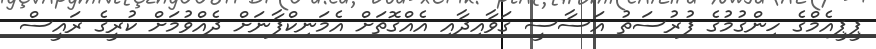
ޕީޕީއެމްގެ ހިންގުމުގެ ފުރުސަތު އަސާސީ ގަވާއިދާއި އެއްގޮތަށް އެމަނިކްފާނަށް ދެއްވުމަށް ކުރީގެ ރައީސް